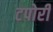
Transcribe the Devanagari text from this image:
टपोरी